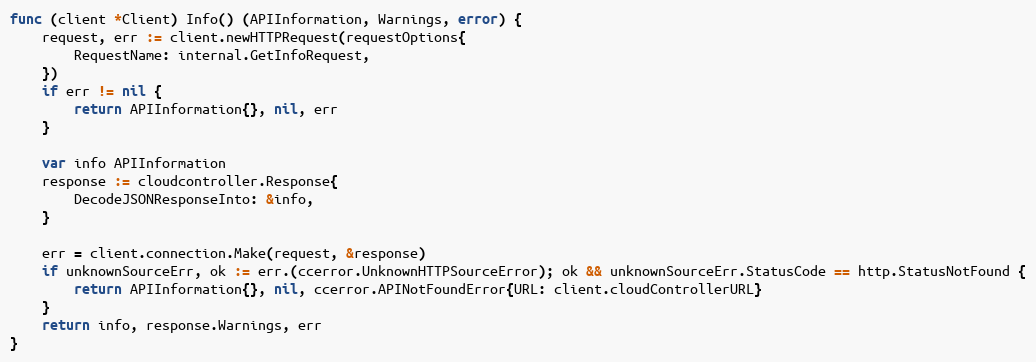
Language: Go
func (client *Client) Info() (APIInformation, Warnings, error) {
	request, err := client.newHTTPRequest(requestOptions{
		RequestName: internal.GetInfoRequest,
	})
	if err != nil {
		return APIInformation{}, nil, err
	}

	var info APIInformation
	response := cloudcontroller.Response{
		DecodeJSONResponseInto: &info,
	}

	err = client.connection.Make(request, &response)
	if unknownSourceErr, ok := err.(ccerror.UnknownHTTPSourceError); ok && unknownSourceErr.StatusCode == http.StatusNotFound {
		return APIInformation{}, nil, ccerror.APINotFoundError{URL: client.cloudControllerURL}
	}
	return info, response.Warnings, err
}